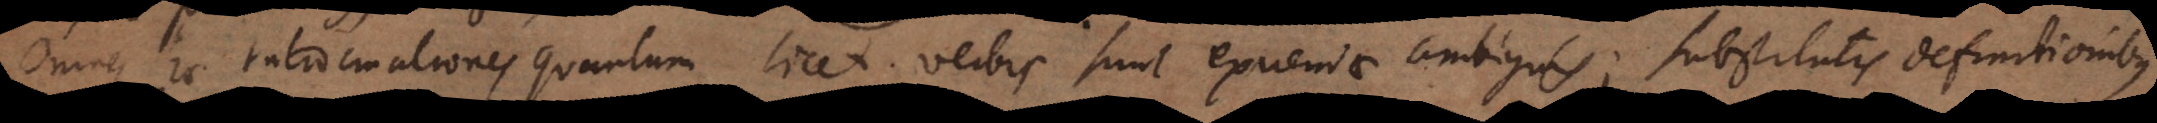
Omnes hae ratiocinationes quantum licet verbis sunt exuendae ambiguis; substitutis definitionibus